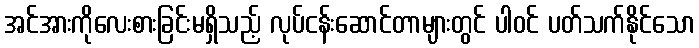
အင်အားကိုလေးစားခြင်းမရှိသည့် လုပ်ငန်းဆောင်တာများတွင် ပါဝင် ပတ်သက်နိုင်သော